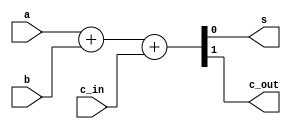
module akhil_full_adder(s,c_out,a,b,c_in);
input a,b,c_in;
output reg s,c_out;


always@(a or b or c_in)
begin

  {c_out, s} = a + b + c_in; 

end
endmodule